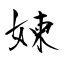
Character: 媡